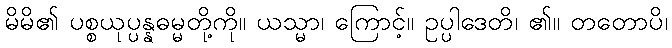
မိမိ၏ ပစ္စယုပ္ပန္နဓမ္မတို့ကို။ ယသ္မာ၊ ကြောင့်။ ဥပ္ပါဒေတိ၊ ၏။ တတောပိ၊